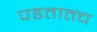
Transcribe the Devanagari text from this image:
पडतातच